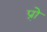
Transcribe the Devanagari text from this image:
प्रो़